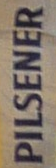
PILSENER